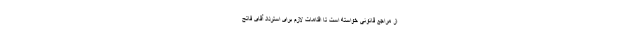
از مراجع قانونی خواسته است تا اقدامات لازم برای استرداد آقای فاتح